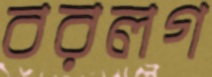
বরলগ